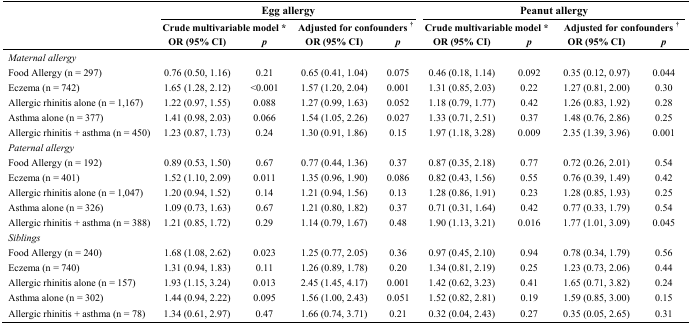
<table><thead><tr><td rowspan="3"></td><td colspan="4"><b>Egg allergy</b></td><td colspan="4"><b>Peanut allergy</b></td></tr><tr><td colspan="2"><b>Crude multivariable model *</b></td><td colspan="2"><b>Adjusted for confounders <sup>†</sup></b></td><td colspan="2"><b>Crude multivariable model *</b></td><td colspan="2"><b>Adjusted for confounders <sup>†</sup></b></td></tr><tr><td><b>OR (95% CI)</b></td><td><b><i>p</i></b></td><td><b>OR (95% CI)</b></td><td><b><i>p</i></b></td><td><b>OR (95% CI)</b></td><td><b><i>p</i></b></td><td><b>OR (95% CI)</b></td><td><b><i>p</i></b></td></tr></thead><tbody><tr><td><i>Maternal allergy</i></td><td></td><td></td><td></td><td></td><td></td><td></td><td></td><td></td></tr><tr><td>Food Allergy (n = 297)</td><td>0.76 (0.50, 1.16)</td><td>0.21</td><td>0.65 (0.41, 1.04)</td><td>0.075</td><td>0.46 (0.18, 1.14)</td><td>0.092</td><td>0.35 (0.12, 0.97)</td><td>0.044</td></tr><tr><td>Eczema (n = 742)</td><td>1.65 (1.28, 2.12)</td><td>&lt;0.001</td><td>1.57 (1.20, 2.04)</td><td>0.001</td><td>1.31 (0.85, 2.03)</td><td>0.22</td><td>1.27 (0.81, 2.00)</td><td>0.30</td></tr><tr><td>Allergic rhinitis alone (n = 1,167)</td><td>1.22 (0.97, 1.55)</td><td>0.088</td><td>1.27 (0.99, 1.63)</td><td>0.052</td><td>1.18 (0.79, 1.77)</td><td>0.42</td><td>1.26 (0.83, 1.92)</td><td>0.28</td></tr><tr><td>Asthma alone (n = 377)</td><td>1.41 (0.98, 2.03)</td><td>0.066</td><td>1.54 (1.05, 2.26)</td><td>0.027</td><td>1.33 (0.71, 2.51)</td><td>0.37</td><td>1.48 (0.76, 2.86)</td><td>0.25</td></tr><tr><td>Allergic rhinitis + asthma (n = 450)</td><td>1.23 (0.87, 1.73)</td><td>0.24</td><td>1.30 (0.91, 1.86)</td><td>0.15</td><td>1.97 (1.18, 3.28)</td><td>0.009</td><td>2.35 (1.39, 3.96)</td><td>0.001</td></tr><tr><td><i>Paternal allergy</i></td><td></td><td></td><td></td><td></td><td></td><td></td><td></td><td></td></tr><tr><td>Food Allergy (n = 192)</td><td>0.89 (0.53, 1.50)</td><td>0.67</td><td>0.77 (0.44, 1.36)</td><td>0.37</td><td>0.87 (0.35, 2.18)</td><td>0.77</td><td>0.72 (0.26, 2.01)</td><td>0.54</td></tr><tr><td>Eczema (n = 401)</td><td>1.52 (1.10, 2.09)</td><td>0.011</td><td>1.35 (0.96, 1.90)</td><td>0.086</td><td>0.82 (0.43, 1.56)</td><td>0.55</td><td>0.76 (0.39, 1.49)</td><td>0.42</td></tr><tr><td>Allergic rhinitis alone (n = 1,047)</td><td>1.20 (0.94, 1.52)</td><td>0.14</td><td>1.21 (0.94, 1.56)</td><td>0.13</td><td>1.28 (0.86, 1.91)</td><td>0.23</td><td>1.28 (0.85, 1.93)</td><td>0.25</td></tr><tr><td>Asthma alone (n = 326)</td><td>1.09 (0.73, 1.63)</td><td>0.67</td><td>1.21 (0.80, 1.82)</td><td>0.37</td><td>0.71 (0.31, 1.64)</td><td>0.42</td><td>0.77 (0.33, 1.79)</td><td>0.54</td></tr><tr><td>Allergic rhinitis + asthma (n = 388)</td><td>1.21 (0.85, 1.72)</td><td>0.29</td><td>1.14 (0.79, 1.67)</td><td>0.48</td><td>1.90 (1.13, 3.21)</td><td>0.016</td><td>1.77 (1.01, 3.09)</td><td>0.045</td></tr><tr><td><i>Siblings</i></td><td></td><td></td><td></td><td></td><td></td><td></td><td></td><td></td></tr><tr><td>Food Allergy (n = 240)</td><td>1.68 (1.08, 2.62)</td><td>0.023</td><td>1.25 (0.77, 2.05)</td><td>0.36</td><td>0.97 (0.45, 2.10)</td><td>0.94</td><td>0.78 (0.34, 1.79)</td><td>0.56</td></tr><tr><td>Eczema (n = 740)</td><td>1.31 (0.94, 1.83)</td><td>0.11</td><td>1.26 (0.89, 1.78)</td><td>0.20</td><td>1.34 (0.81, 2.19)</td><td>0.25</td><td>1.23 (0.73, 2.06)</td><td>0.44</td></tr><tr><td>Allergic rhinitis alone (n = 157)</td><td>1.93 (1.15, 3.24)</td><td>0.013</td><td>2.45 (1.45, 4.17)</td><td>0.001</td><td>1.42 (0.62, 3.23)</td><td>0.41</td><td>1.65 (0.71, 3.82)</td><td>0.24</td></tr><tr><td>Asthma alone (n = 302)</td><td>1.44 (0.94, 2.22)</td><td>0.095</td><td>1.56 (1.00, 2.43)</td><td>0.051</td><td>1.52 (0.82, 2.81)</td><td>0.19</td><td>1.59 (0.85, 3.00)</td><td>0.15</td></tr><tr><td>Allergic rhinitis + asthma (n = 78)</td><td>1.34 (0.61, 2.97)</td><td>0.47</td><td>1.66 (0.74, 3.71)</td><td>0.21</td><td>0.32 (0.04, 2.43)</td><td>0.27</td><td>0.35 (0.05, 2.65)</td><td>0.31</td></tr></tbody></table>